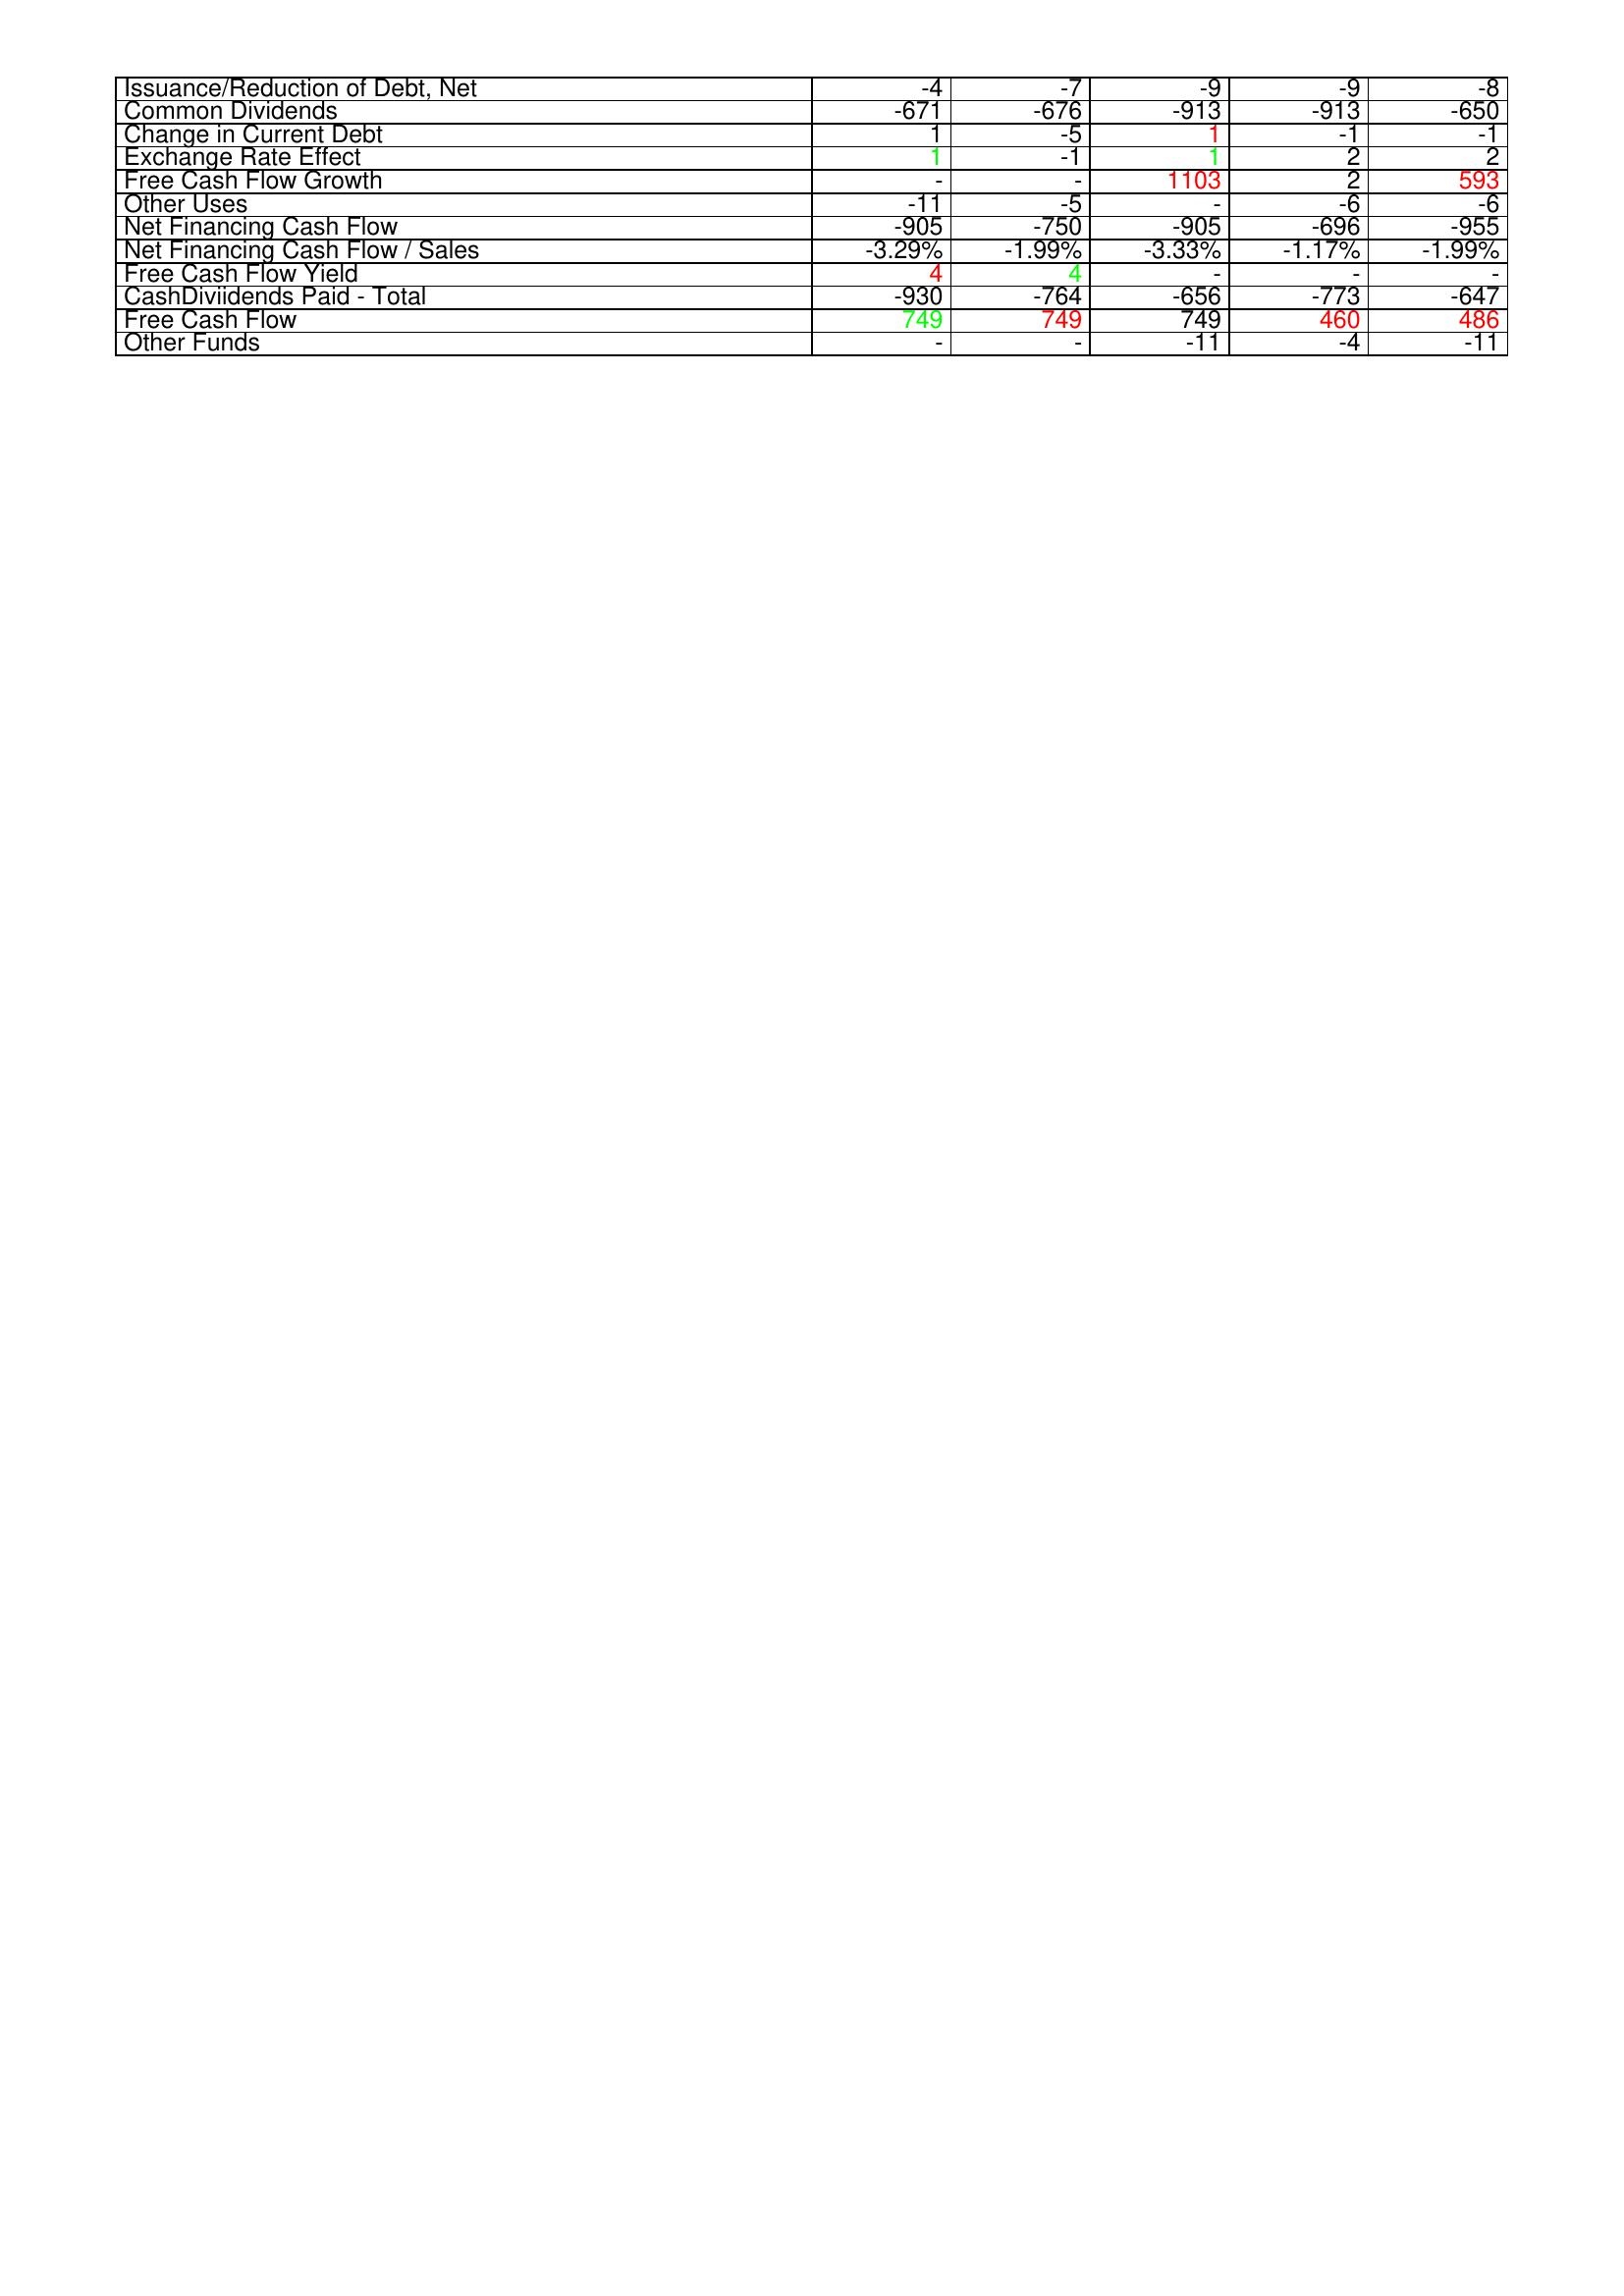
gt_parse: 2008: Financing Activities: Issuance/Reduction of Debt, Net: -4
Common Dividends: -671
Change in Current Debt: 1
Exchange Rate Effect: 1
Free Cash Flow Growth: -
Other Uses: -11
Net Financing Cash Flow: -905
Net Financing Cash Flow / Sales: -3.29%
Free Cash Flow Yield: 4
CashDiviidends Paid - Total: -930
Free Cash Flow: 749
Other Funds: -
2009: Financing Activities: Issuance/Reduction of Debt, Net: -7
Common Dividends: -676
Change in Current Debt: -5
Exchange Rate Effect: -1
Free Cash Flow Growth: -
Other Uses: -5
Net Financing Cash Flow: -750
Net Financing Cash Flow / Sales: -1.99%
Free Cash Flow Yield: 4
CashDiviidends Paid - Total: -764
Free Cash Flow: 749
Other Funds: -
2010: Financing Activities: Issuance/Reduction of Debt, Net: -9
Common Dividends: -913
Change in Current Debt: 1
Exchange Rate Effect: 1
Free Cash Flow Growth: 1103
Other Uses: -
Net Financing Cash Flow: -905
Net Financing Cash Flow / Sales: -3.33%
Free Cash Flow Yield: -
CashDiviidends Paid - Total: -656
Free Cash Flow: 749
Other Funds: -11
2011: Financing Activities: Issuance/Reduction of Debt, Net: -9
Common Dividends: -913
Change in Current Debt: -1
Exchange Rate Effect: 2
Free Cash Flow Growth: 2
Other Uses: -6
Net Financing Cash Flow: -696
Net Financing Cash Flow / Sales: -1.17%
Free Cash Flow Yield: -
CashDiviidends Paid - Total: -773
Free Cash Flow: 460
Other Funds: -4
2012: Financing Activities: Issuance/Reduction of Debt, Net: -8
Common Dividends: -650
Change in Current Debt: -1
Exchange Rate Effect: 2
Free Cash Flow Growth: 593
Other Uses: -6
Net Financing Cash Flow: -955
Net Financing Cash Flow / Sales: -1.99%
Free Cash Flow Yield: -
CashDiviidends Paid - Total: -647
Free Cash Flow: 486
Other Funds: -11